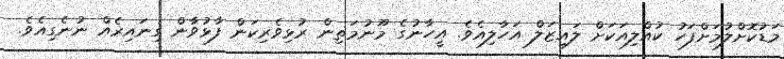
މަޑުކޮށްލުމަށްފަހު ކުއްލިއަކަށް ލައިޒަލް އަހާލިއެވެ. އީހާނުގެ މޫނުމަތިން ރުޅިވެރިކަން ފާޅުވާން ގިނައިރެއް ނުނެގިއެވެ.